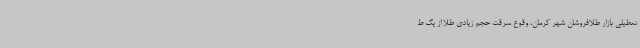
تعطیلی بازار طلافروشان شهر کرمان، وقوع سرقت حجم زیادی طلا از یک ط